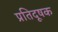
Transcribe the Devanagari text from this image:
प्रतिदूषक